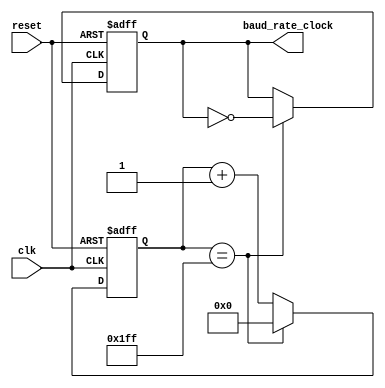
module baud_rate_clock_generator (
    input clk,
    input reset,
    output reg baud_rate_clock
);
    
reg [15:0] count;

always @(posedge clk or posedge reset) begin
    if (reset) begin
        count <= 16'd0;
        baud_rate_clock <= 1'b0;
    end else begin
        if (count == 16'd511) begin
            count <= 16'd0;
            baud_rate_clock <= ~baud_rate_clock;
        end else begin
            count <= count + 16'd1;
        end
    end
end

endmodule